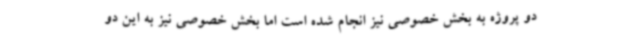
دو پروژه به بخش خصوصی نیز انجام شده است اما بخش خصوصی نیز به این دو